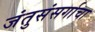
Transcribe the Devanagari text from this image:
जंतुसंसर्गाचा